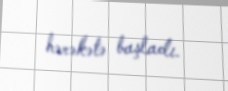
hərəkətə başladı.